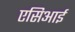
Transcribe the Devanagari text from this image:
एसिआई